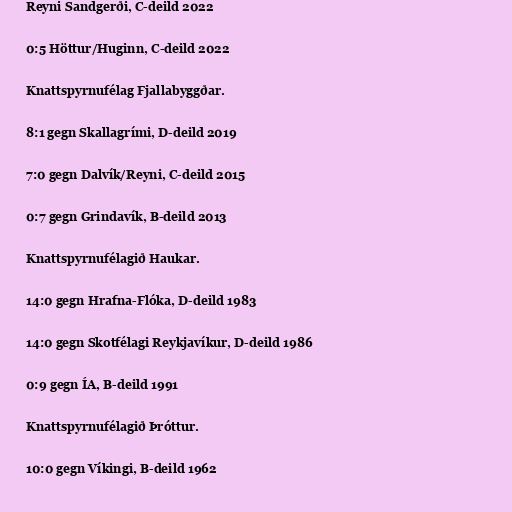
Reyni Sandgerði, C-deild 2022

0:5 Höttur/Huginn, C-deild 2022

Knattspyrnufélag Fjallabyggðar.

8:1 gegn Skallagrími, D-deild 2019

7:0 gegn Dalvík/Reyni, C-deild 2015

0:7 gegn Grindavík, B-deild 2013

Knattspyrnufélagið Haukar.

14:0 gegn Hrafna-Flóka, D-deild 1983

14:0 gegn Skotfélagi Reykjavíkur, D-deild 1986

0:9 gegn ÍA, B-deild 1991

Knattspyrnufélagið Þróttur.

10:0 gegn Víkingi, B-deild 1962